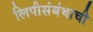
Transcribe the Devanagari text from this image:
लिपीसंबंधाची